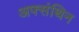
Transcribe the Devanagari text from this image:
अफ्संथिन